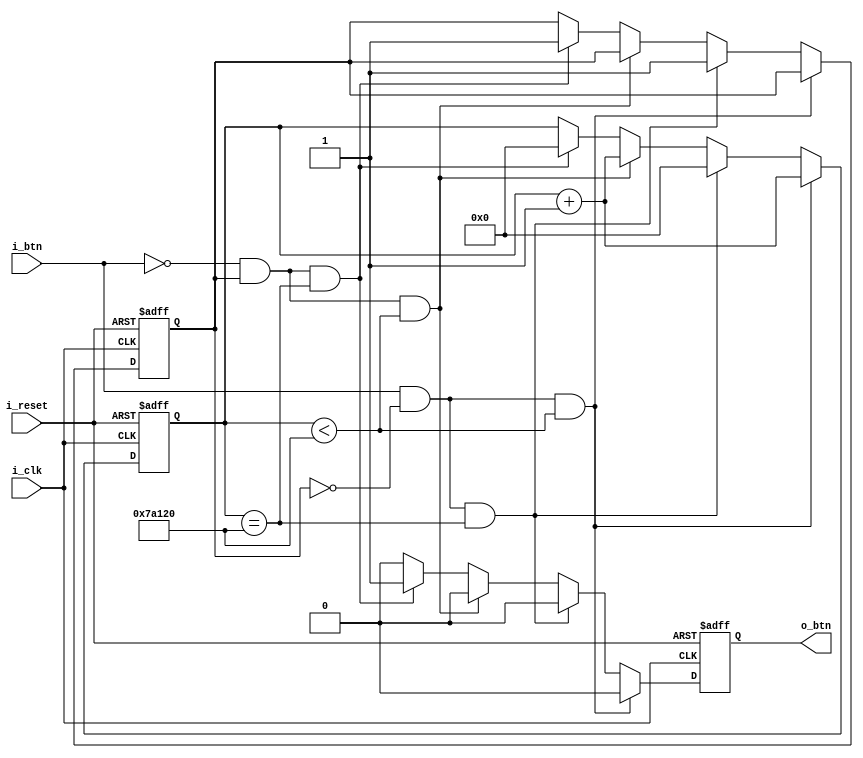
module button_controller(
        input i_clk,
        input i_reset,
        input i_btn,
        output o_btn
    );

    parameter   PUSHED      = 1'b1,
                RELEASED    = 1'b0,
                TRUE        = 1'b1,
                FALSE       = 1'b0;

    parameter   DEBOUNCE    = 500_000; //10ms(100Mhz)

    reg r_prevState = RELEASED;
    reg r_btn;

    reg[31:0] r_counter = 0;

    assign o_btn = r_btn;

    always @(posedge i_clk or posedge i_reset) begin
        if(i_reset)begin
            r_btn <= FALSE;
            r_prevState <= RELEASED;
            r_counter <= 0;
        end
        else begin
            if((i_btn == PUSHED) && (r_prevState == RELEASED) && (r_counter < DEBOUNCE))
            begin
                r_counter <= r_counter + 1;
                r_btn <= FALSE;
            end
            else if((i_btn == PUSHED) && (r_prevState == RELEASED) && (r_counter == DEBOUNCE))
            begin
                r_counter <= 0;
                r_prevState <= PUSHED;
                r_btn <= FALSE;
            end

            else if((i_btn == RELEASED) && (r_prevState == PUSHED) && (r_counter < DEBOUNCE))
            begin
                r_counter <= r_counter + 1;
                r_btn <= FALSE;
            end

            else if((i_btn == RELEASED) && (r_prevState == PUSHED) && (r_counter == DEBOUNCE))
            begin
                r_counter <= 0;
                r_prevState <= PUSHED;
                r_btn <= TRUE;
            end

            else begin
                r_btn <= FALSE;
            end
        end
        
    end
endmodule